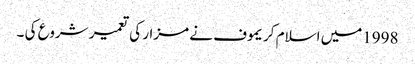
1998میں اسلام کریموف نے مزار کی تعمیر شروع کی ۔